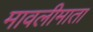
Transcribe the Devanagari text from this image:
मावलीमाता